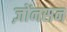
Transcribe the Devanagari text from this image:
ज़ोंनसन